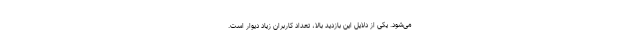
می‌شود. یکی از دلایل این بازدید بالا، تعداد کاربران زیاد دیوار است.